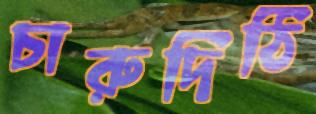
চারুদিঠি